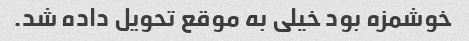
خوشمزه بود ‌خیلی به موقع تحویل داده شد.